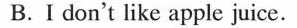
B.I don't like apple juice.